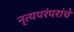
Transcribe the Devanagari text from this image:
नृत्यपरंपरांचे